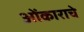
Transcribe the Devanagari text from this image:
ओंकाराचे